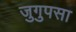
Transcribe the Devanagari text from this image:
जुगुपसा